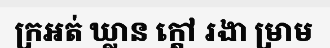
ក្រអត់ ឃ្លាន ក្តៅ រងា ម្រាម